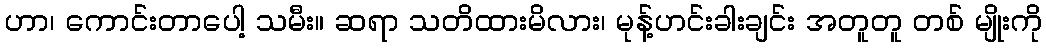
ဟာ၊ ကောင်းတာပေါ့ သမီး။ ဆရာ သတိထားမိလား၊ မုန့်ဟင်းခါးချင်း အတူတူ တစ် မျိုးကို